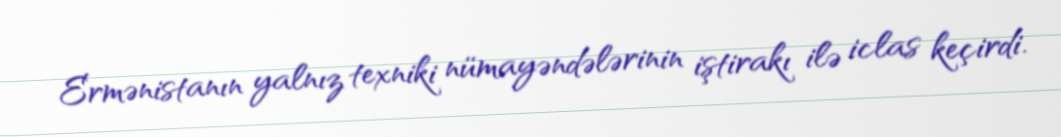
Ermənistanın yalnız texniki nümayəndələrinin iştirakı ilə iclas keçirdi.